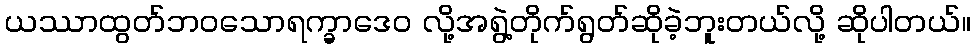
ယဿာထွတ်ဘဝသောရက္ခာဒေဝ လို့အရွဲ့တိုက်ရွတ်ဆိုခဲ့ဘူးတယ်လို့ ဆိုပါတယ်။